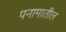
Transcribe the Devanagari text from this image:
पनामातील